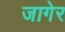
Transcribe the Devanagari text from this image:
जागेर